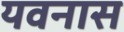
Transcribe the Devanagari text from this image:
यवनास